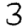
Digit: 3